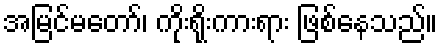
အမြင်မတော်၊ ကိုးရိုးကားရား ဖြစ်နေသည်။